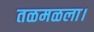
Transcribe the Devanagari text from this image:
तळमळला।